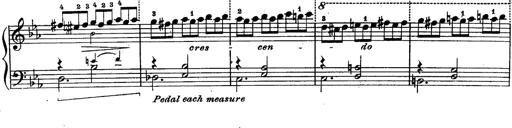
Title: Schubert's Impromptus [revised and edited by Franz Liszt]
Composer: Franz Liszt